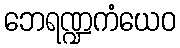
ဘေရဏ္ဍကံယေဝ